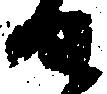
せ